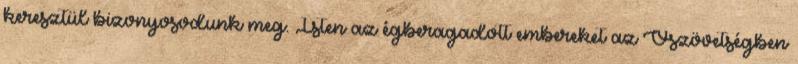
keresztül bizonyosodunk meg. Isten az égberagadott embereket az Ószövetségben